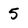
Character: 5